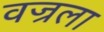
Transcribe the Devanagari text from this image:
वज्रला